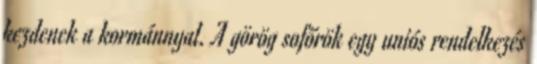
kezdenek a kormánnyal. A görög sofőrök egy uniós rendelkezés